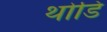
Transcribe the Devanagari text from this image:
थोडि